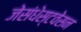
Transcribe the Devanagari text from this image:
जेसंधेस्टवेसन